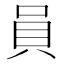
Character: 員